Report of the Imperial Institute of Veterinary Research, Muktesar
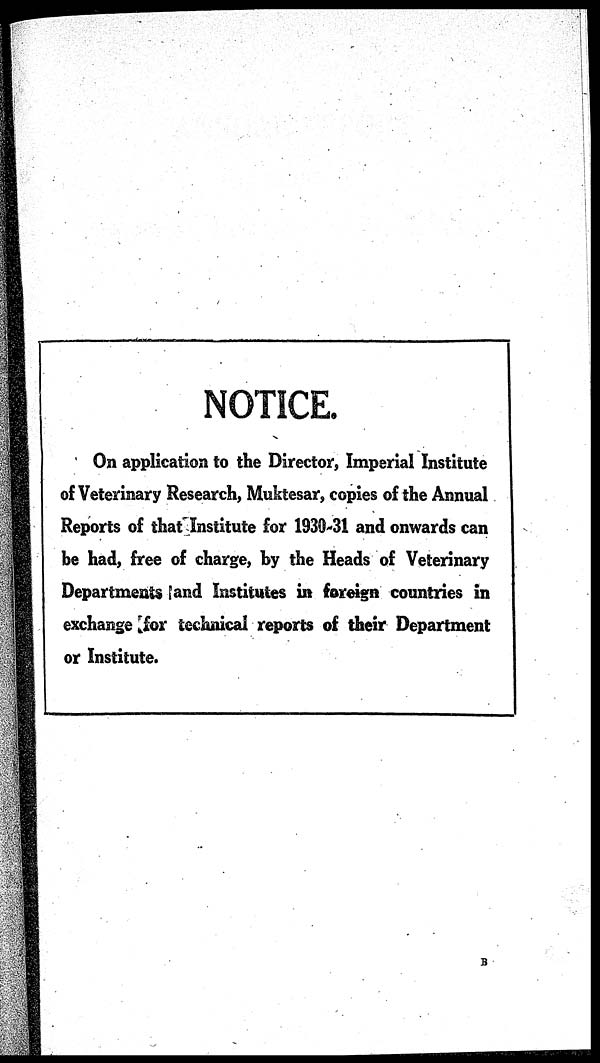
NOTICE.
On application to the Director, Imperial Institute
of Veterinary Research, Muktesar, copies of the Annual
Reports of that Institute for 1930-31 and onwards can
be had, free of charge, by the Heads of Veterinary
Departments and Institutes in foreign countries in
exchange for technical
Department
or Institute.